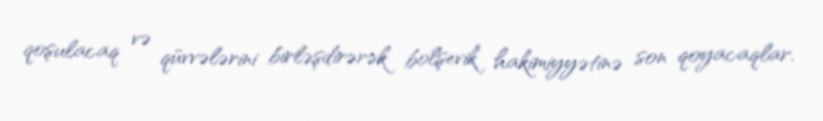
qoşulacaq və qüvvələrini birləşdirərək bolşevik hakimiyyətinə son qoyacaqlar.